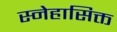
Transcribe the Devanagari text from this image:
स्नेहासिक्त